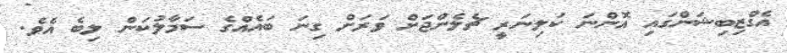
އެގްޒިބިޝަންގައި އޮންނަ ކަލިނަރީ ޗެލެންޖަށް ވަރަށް ގިނަ ބައެއްގެ ސަމާލުކަން ލިބެ އެވެ.